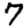
Digit: 7